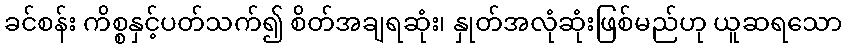
ခင်စန်း ကိစ္စနှင့်ပတ်သက်၍ စိတ်အချရဆုံး၊ နှုတ်အလုံဆုံးဖြစ်မည်ဟု ယူဆရသော